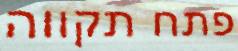
פתח תקווה